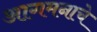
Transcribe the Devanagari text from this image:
आगमनाचे